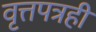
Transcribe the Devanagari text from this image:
वृत्तपत्रही